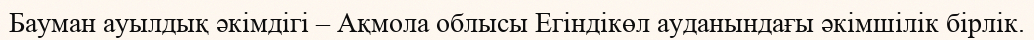
Бауман ауылдық әкімдігі – Ақмола облысы Егіндікөл ауданындағы әкімшілік бірлік.